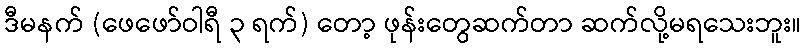
ဒီမနက် (ဖေဖော်ဝါရီ ၃ ရက်) တော့ ဖုန်းတွေဆက်တာ ဆက်လို့မရသေးဘူး။